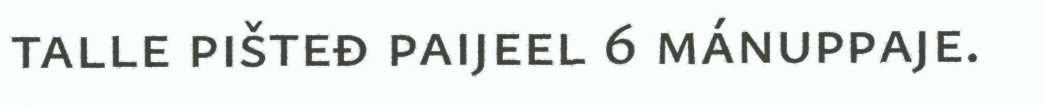
talle pišteđ paijeel 6 mánuppaje.